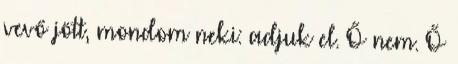
vevő jött, mondom neki: adjuk el. Ő nem. Ő